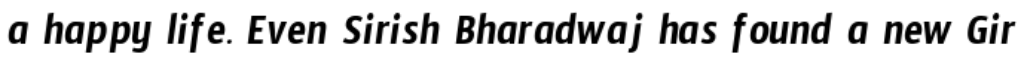
a happy life. Even Sirish Bharadwaj has found a new Gir